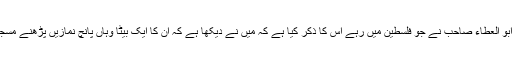
کیونکہ ان کے بعض لوگ ایسے ہیں بلکہ ان کے بیٹے کا بھی حضرت مولانا ابو العطاء صاحب نے جو فلسطین میں رہے اس کا ذکر کیا ہے کہ مَیں نے دیکھا ہے کہ ان کا ایک بیٹا وہاں پانچ نمازیں پڑھنے مسجد میں آجایا کرتا تھا جبکہ ان کے نزدیک باجماعت نماز پڑھنا فرض نہیں ہے۔